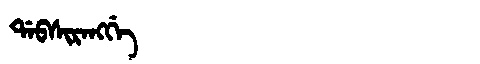
Manchu: ᡩᠠᠪᠰᡳᡵᠠᠩᡤᡝ
Romanization: DABSIRANGGE